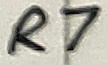
Text: R7